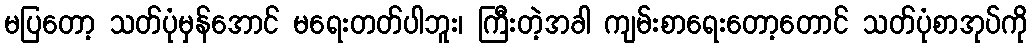
မပြတော့ သတ်ပုံမှန်အောင် မရေးတတ်ပါဘူး၊ ကြီးတဲ့အခါ ကျမ်းစာရေးတော့တောင် သတ်ပုံစာအုပ်ကို